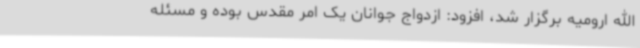
الله ارومیه برگزار شد، افزود: ازدواج جوانان یک امر مقدس بوده و مسئله